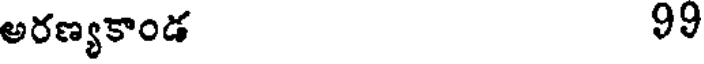
అరణ్యకాండ 99